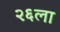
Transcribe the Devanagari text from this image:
२६ला